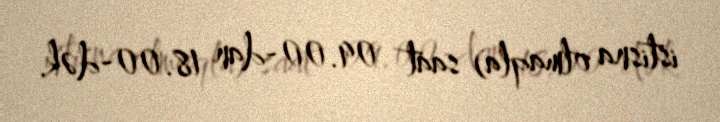
istisna olmaqla) saat 09.00-dan 18.00-dək.